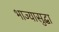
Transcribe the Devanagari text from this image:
भाज्यासुद्धा